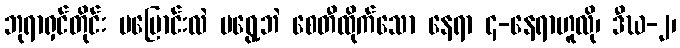
ဘုရာရှင်တိုင်း မပြောင်းလဲ မရွေ့ဘဲ စေတီထိုက်သော နေရာ ၄-နေရာဟူလို၊ ဒီဃ-၂၊